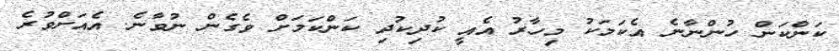
ކަންކަން ހުންނާނެ އެކަމަކު މިހާރު އެއީ ކުދިކުދި ކަންކަމަށް ވެގެން ނުވާނެ. އެއަށްވުރެ